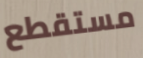
مستقطع